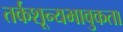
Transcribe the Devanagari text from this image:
तर्कशून्यभावुकता